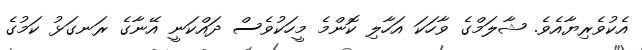
އެކުވެރިޔާއެވެ. ޝާލަމްގެ ވާހަކަ އަހާލި ކޮންމެ މީހަކުވެސް ދައްކަނީ އޭނާގެ ރަނގަޅު ކަމުގެ